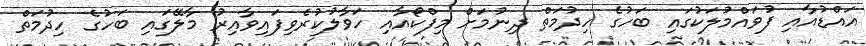
އައްޑުއާއި ފުވައްމުލަކުގައި ބަހުގެ ހިދުމަތް ދިނުމަށް މިފްކޯއާއި ހަވާލުކުރެވިފައިވާއިރު މާލޭގައި ބަހުގެ ހިދުމަތް